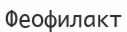
Феофилакт